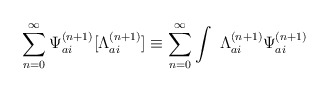
\begin{align*}\sum_{n=0}^{\infty }{\Psi}^{(n+1)}_{ai}[{\Lambda}_{ai}^{(n+1)}] \equiv \sum_{n=0}^{\infty }\int \ {\Lambda}_{ai}^{(n+1)}{\Psi}^{(n+1)}_{ai}\end{align*}